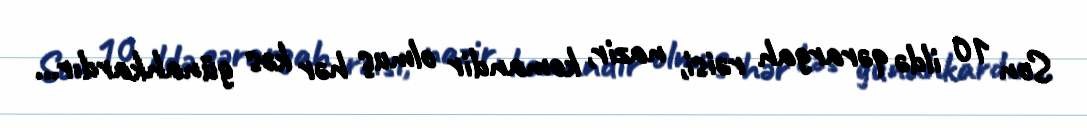
Son 10 ildə qərargah rəisi, nazir, komandir olmuş hər kəs günahkardır...